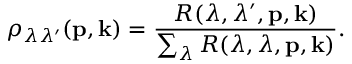
\rho _ { \lambda \lambda ^ { \prime } } ( { \bf p } , { \bf k } ) = \frac { R ( \lambda , \lambda ^ { \prime } , { \bf p } , { \bf k } ) } { \sum _ { \lambda } R ( \lambda , \lambda , { \bf p } , { \bf k } ) } .